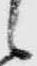
候